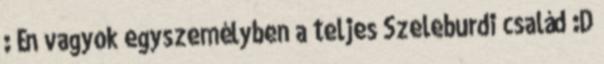
: Én vagyok egyszemélyben a teljes Szeleburdi család :D